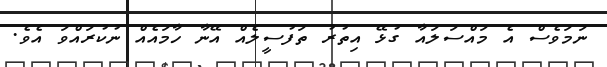
ނަމަވެސް އެ މައްސަލައާ ގުޅޭ އިތުރު ތަފުސީލެއް އޭނާ ހާމައެއް ނުކުރައްވަ އެވެ.